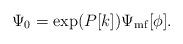
LaTeX: \begin{align*} \Psi_0 = \exp(P[k])\Psi_{\mathrm{mf}}[\phi].\end{align*}